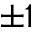
\pm 1